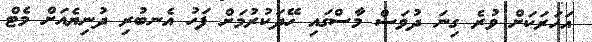
އަހަރަކަށް ވުރެ ގިނަ ދުވަސް މާސްގައި ހޭދަކުރުމަށް ފަހު އެނބުރި ދުނިޔެއަށް މެޓް